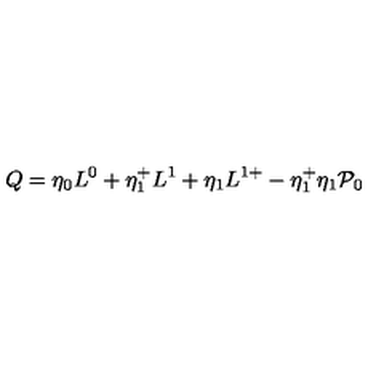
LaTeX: Q = \eta _ { 0 } L ^ { 0 } + \eta _ { 1 } ^ { + } L ^ { 1 } + \eta _ { 1 } L ^ { 1 + } - \eta _ { 1 } ^ { + } \eta _ { 1 } { \cal { P } } _ { 0 }